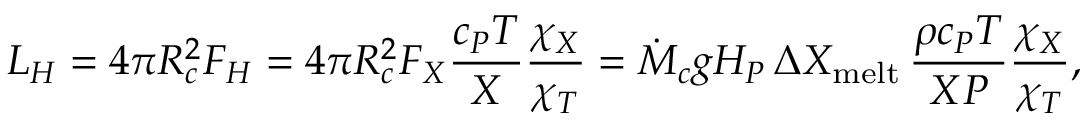
L _ { H } = 4 \pi R _ { c } ^ { 2 } F _ { H } = 4 \pi R _ { c } ^ { 2 } F _ { X } { \frac { c _ { P } T } { X } } { \frac { \chi _ { X } } { \chi _ { T } } } = \dot { M } _ { c } g H _ { P } \, \Delta X _ { \mathrm { m e l t } } \, { \frac { \rho c _ { P } T } { X P } } { \frac { \chi _ { X } } { \chi _ { T } } } ,